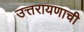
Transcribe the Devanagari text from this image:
उत्तरायणाची